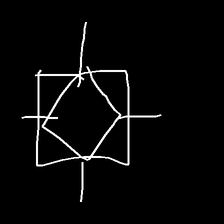
Glyph: light